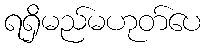
ရရှိမည်မဟုတ်ပေ